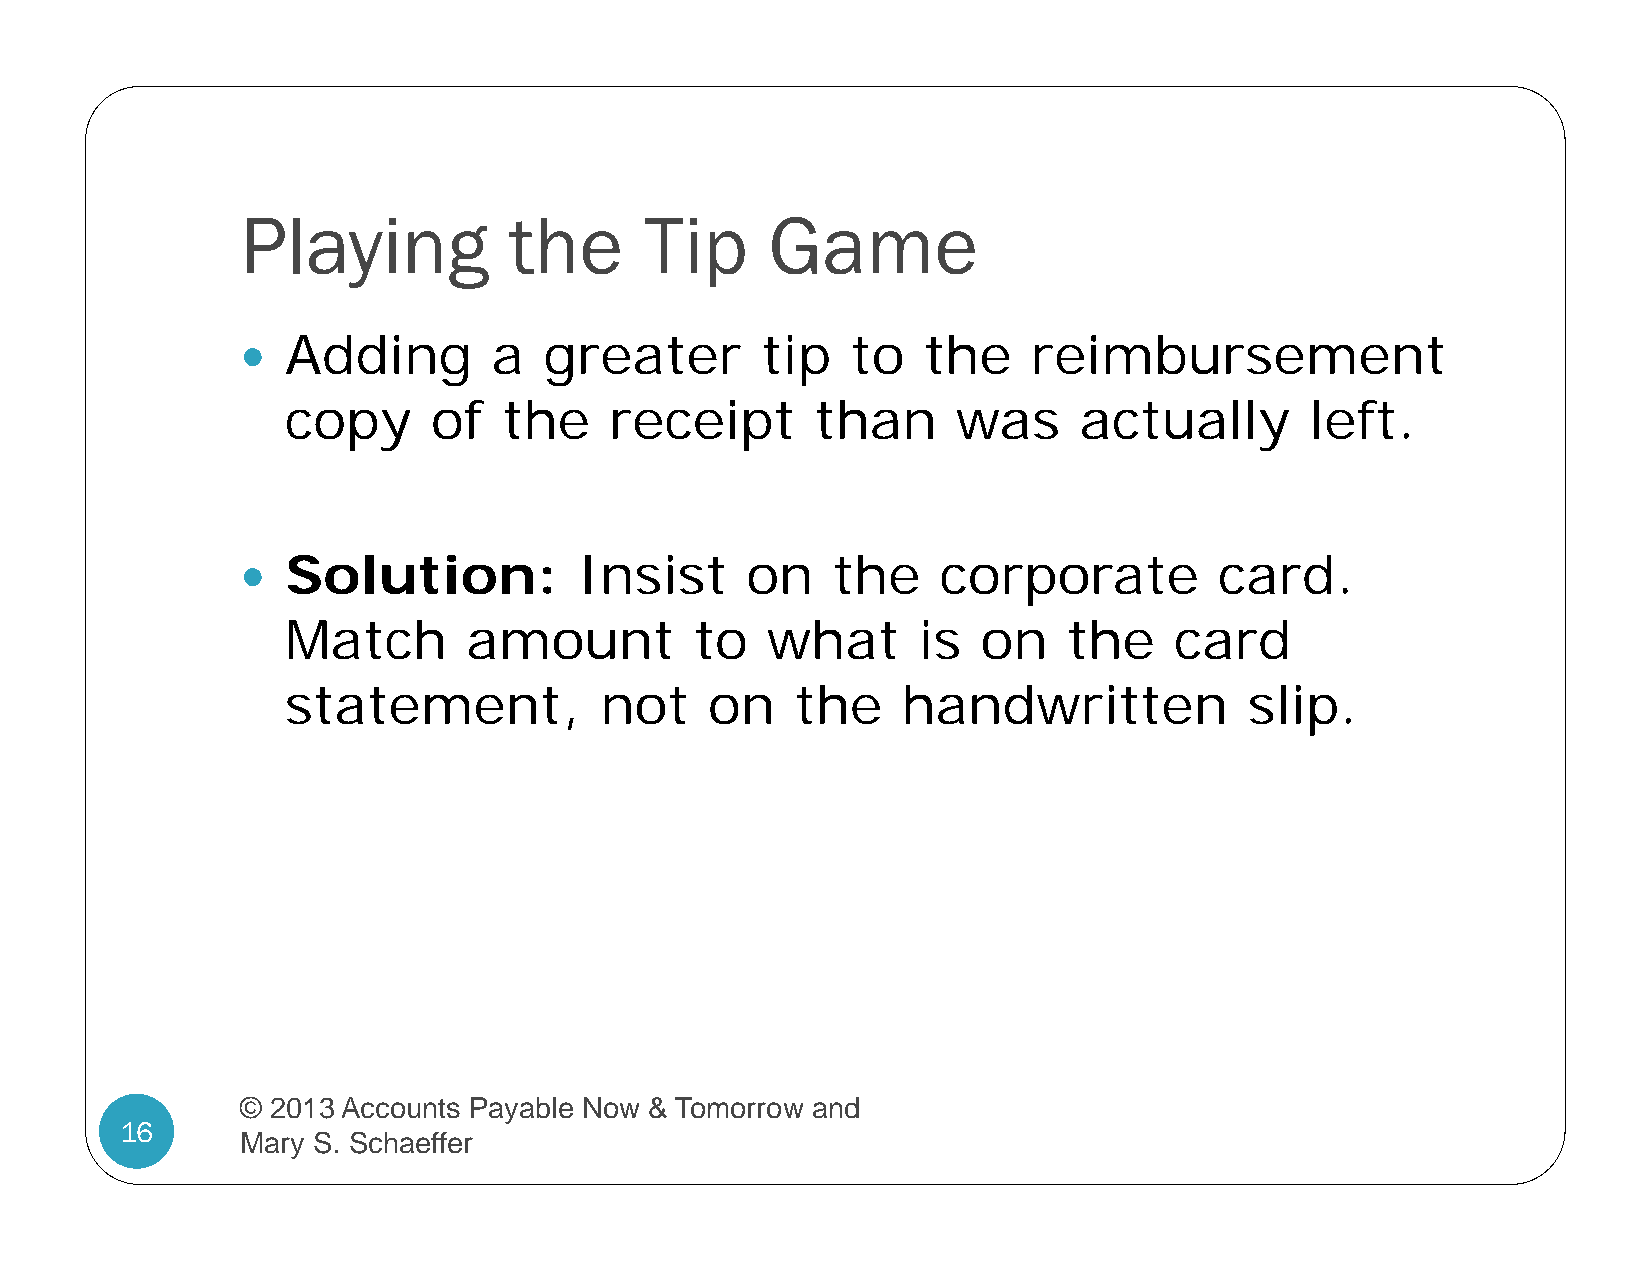
Playing           the      Tip     Game
 Adding        a  greater       tip   to   the    reimbursement
 
 copy      of  the    receipt       than     was     actually        left.
 Solution:          Insist     on    the    corporate          card.
 
 Match       amount         to   what      is  on    the    card
 statement,           not    on    the    handwritten            slip.
 © 2013 Accounts Payable Now & Tomorrow and
 16
 Mary S. Schaeffer